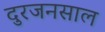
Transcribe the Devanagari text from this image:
दुरजनसाल